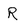
Character: R